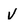
Character: v